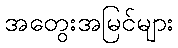
အတွေးအမြင်များ